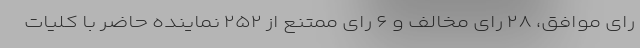
رای موافق، ۲۸ رای مخالف و ۶ رای ممتنع از ۲۵۲ نماینده حاضر با کلیات